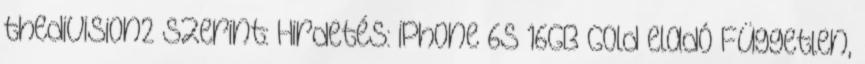
thedivision2 szerint: Hirdetés: iPhone 6S 16GB Gold eladó Független,